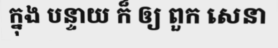
ក្នុង បន្ទាយ ក៏ ឲ្យ ពួក សេនា